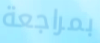
بمراجعة